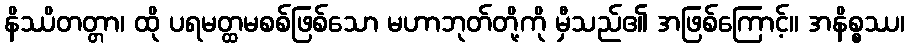
နိဿိတတ္တာ၊ ထို ပရမတ္ထမစစ်ဖြစ်သော မဟာဘုတ်တို့ကို မှီသည်၏ အဖြစ်ကြောင့်။ အနိစ္စဿ၊